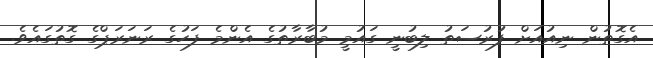
އެގޮތުން ނިއުއަށް ފުރުސަތު ލިބުނީ ގައުމީ މުބާރާތުގެ އެންމެ ފަހުގެ ރަނަރަޕްގެ ގޮތުގައެވެ.